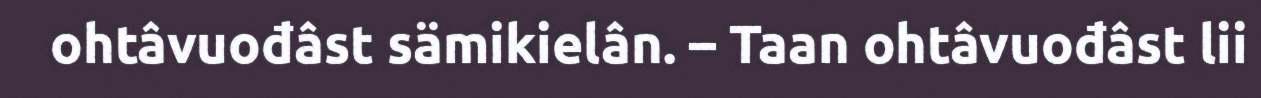
ohtâvuođâst sämikielân. – Taan ohtâvuođâst lii